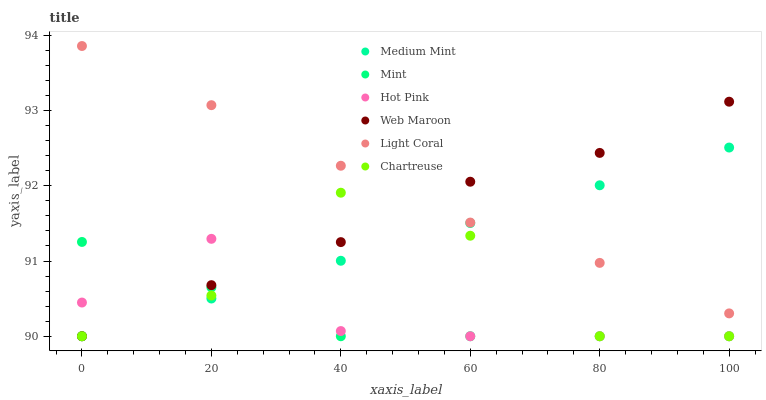
| xaxis_label | Medium Mint | Mint | Hot Pink | Web Maroon | Light Coral | Chartreuse |
 | --- | --- | --- | --- | --- | --- | --- |
 | 0 | 90 | 91.3 | 90.4 | 90 | 93.9 | 90 |
 | 20 | 90.5 | 90.6 | 91.3 | 90.7 | 93.1 | 90.5 |
 | 40 | 91 | 90 | 90.1 | 91.3 | 92.3 | 91.9 |
 | 60 | 91.5 | 90 | 90 | 92.1 | 91.5 | 91.3 |
 | 80 | 92 | 90 | 90 | 92.4 | 91 | 90 |
 | 100 | 92.5 | 90 | 90 | 93.1 | 90.3 | 90 |